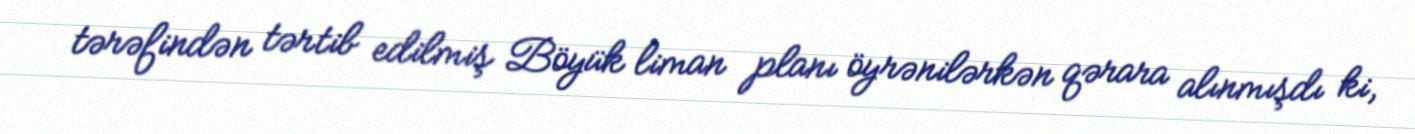
tərəfindən tərtib edilmiş Böyük liman planı öyrənilərkən qərara alınmışdı ki,